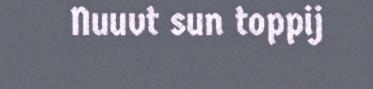
Nuuvt sun toppij